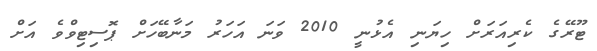
ޓޫރޭގެ ކެރިއަރަށް ހިޔަނި އެޅުނީ 2010 ވަނަ އަހަރު މަނާބޭހަށް ޕޮސިޓިވްވެ އަށް